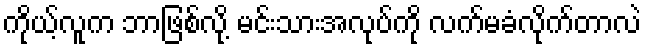
ကိုယ့်လူက ဘာဖြစ်လို့ မင်းသားအလုပ်ကို လက်မခံလိုက်တာလဲ